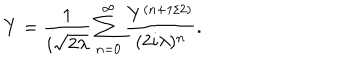
Y = \frac { 1 } { i \sqrt { 2 \lambda } } \sum _ { n = 0 } ^ { \infty } \frac { Y ^ { ( n + 1 / 2 ) } } { ( 2 i \lambda ) ^ { n } } .